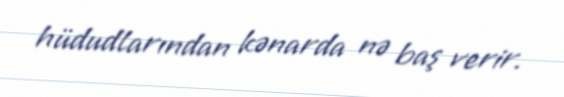
hüdudlarından kənarda nə baş verir.